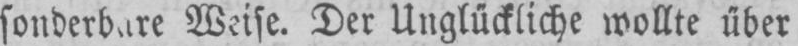
Der Uuglückliche wollte über